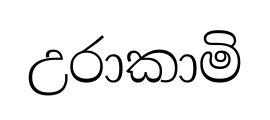
උරාකාමි